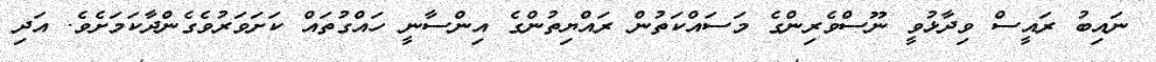
ނައިބު ރައީސް ވިދާޅުވީ ނޫސްވެރިންގެ މަސައްކަތުން ރައްޔިތުންގެ އިންސާނީ ހައްގުތައް ކަށަވަރުވެގެންދާކަމަށެވެ. އަދި